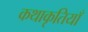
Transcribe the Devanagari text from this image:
कथाकृतियाँ